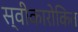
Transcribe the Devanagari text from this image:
स्वीकारोकित